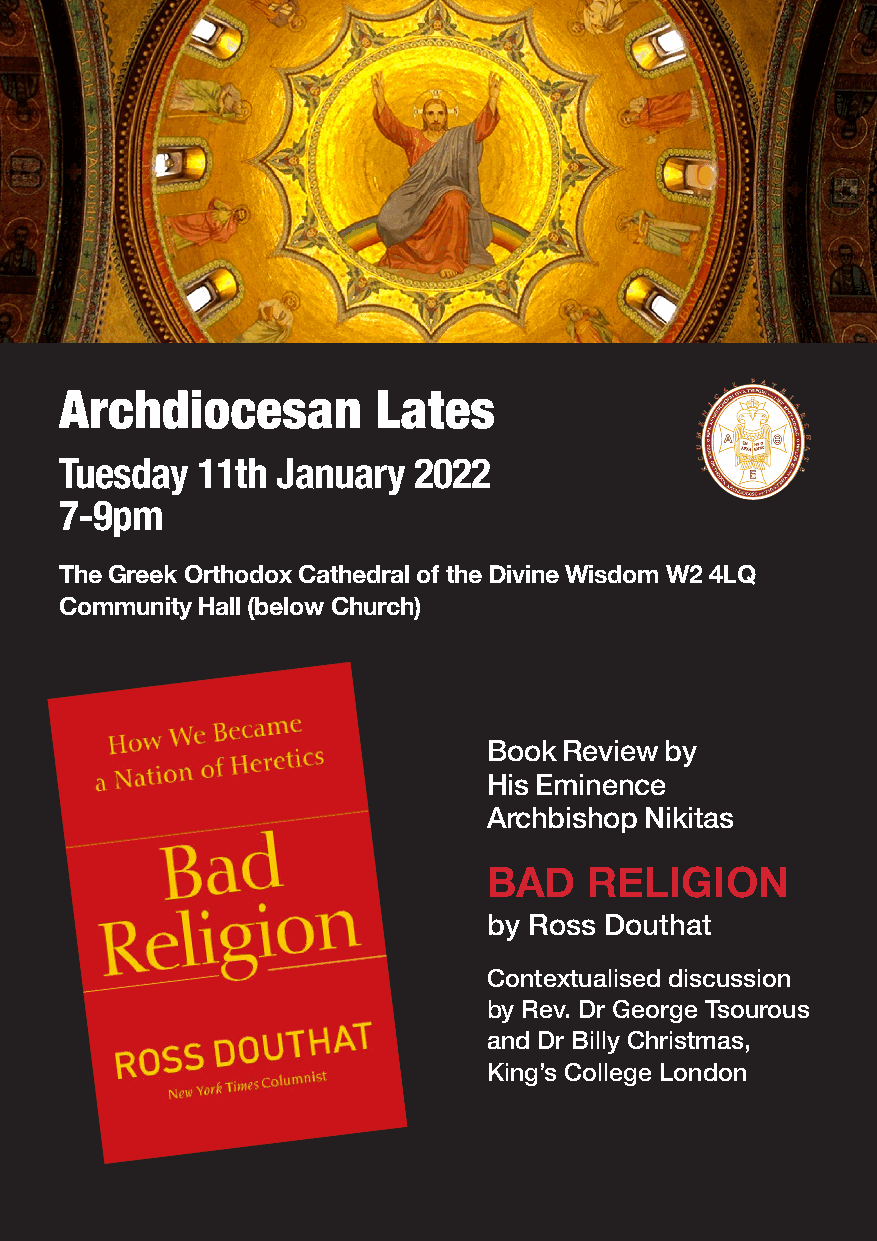
Archdiocesan         Lates
 Tuesday  11th January  2022
 7-9pm
 The Greek Orthodox Cathedral of the Divine Wisdom W2 4LQ
 Community Hall (below Church)
 Book Review by
 His Eminence
 Archbishop Nikitas
 BAD    RELIGION
 by Ross Douthat
 Contextualised discussion
 by Rev. Dr George Tsourous
 and Dr Billy Christmas,
 King’s College London